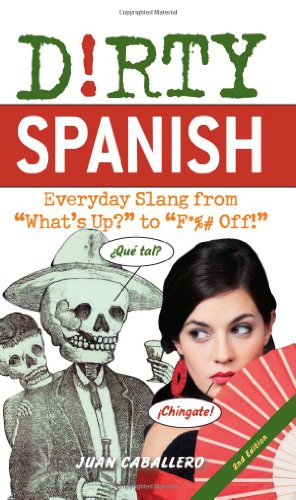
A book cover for Dirty Spanish: Everyday Slang from "What's Up?" to "F*%# Off!" (Dirty Everyday Slang); Juan Caballero; Reference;